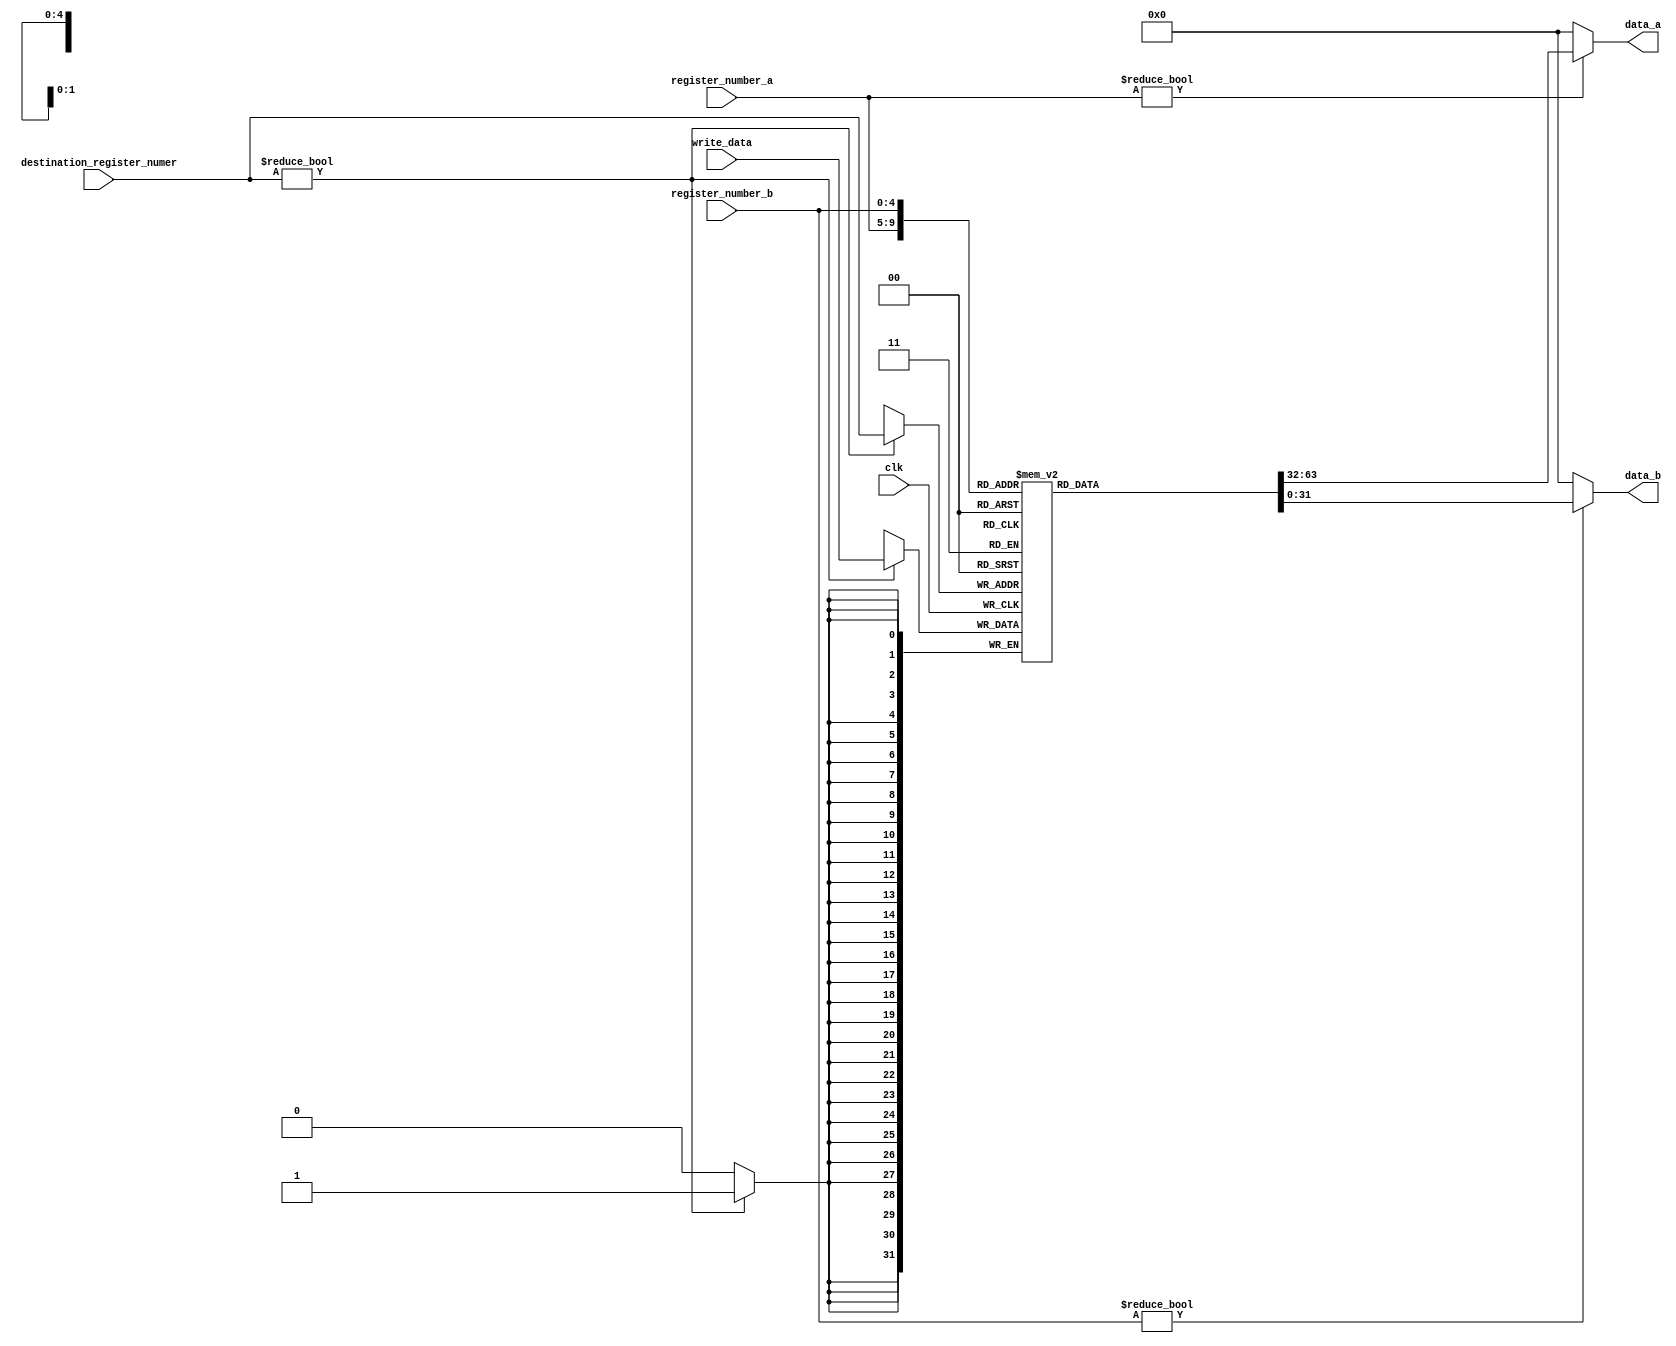
module rf(
    input clk,
    input [4:0] register_number_a,
    input [4:0] register_number_b,
    output [31:0] data_a,
    output [31:0] data_b,
    input [4:0] destination_register_numer,
    input [31:0] write_data
);
    reg [31:0] register_file [1:31];

    always @(posedge clk)
        begin
            if (destination_register_numer != 5'b00000)
                register_file[destination_register_numer] <= write_data;
        end

    assign data_a = (register_number_a != 0) ? register_file[register_number_a]:32'h0000_0000;
    assign data_b = (register_number_b != 0) ? register_file[register_number_b]:32'h0000_0000;

endmodule // rf